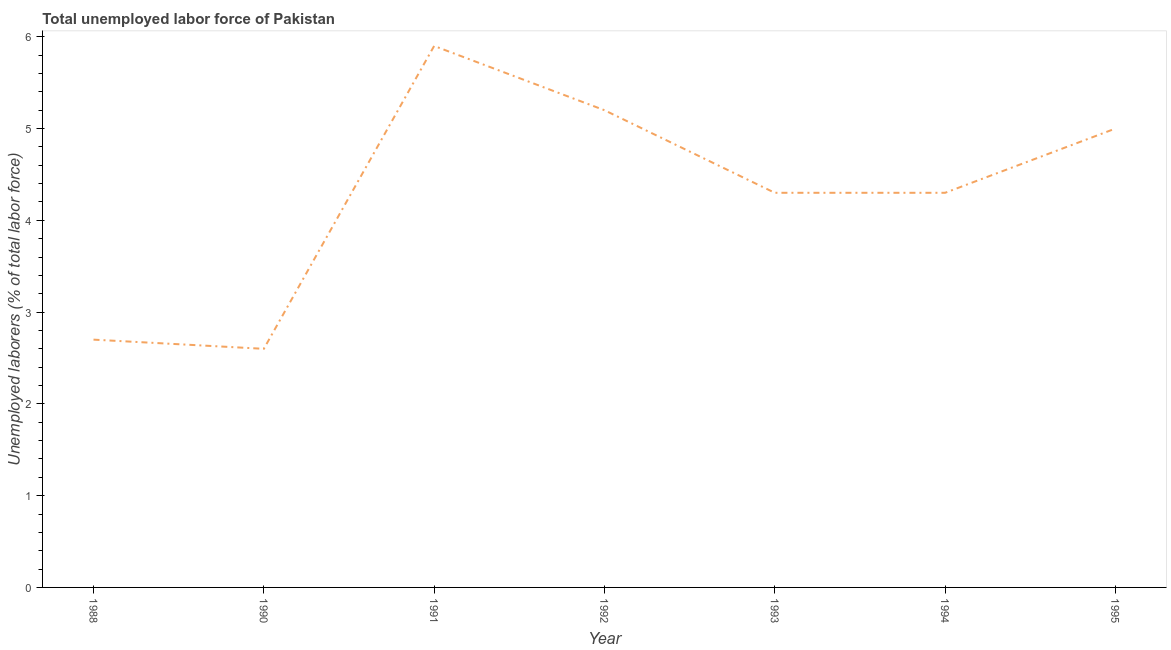
| Year | Unemployment total |
 | --- | --- |
 | 1988 | 2.7 |
 | 1990 | 2.6 |
 | 1991 | 5.9 |
 | 1992 | 5.2 |
 | 1993 | 4.3 |
 | 1994 | 4.3 |
 | 1995 | 5 |